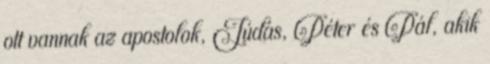
ott vannak az apostolok, Júdás, Péter és Pál, akik